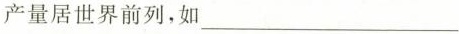
产量居世界前列，如___